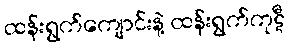
ထန်းရွက်ကျောင်းနဲ့ ထန်းရွက်ကုဋီ